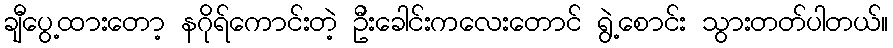
ချီပွေ့ထားတော့ နဂိုရ်ကောင်းတဲ့ ဦးခေါင်းကလေးတောင် ရွဲ့စောင်း သွားတတ်ပါတယ်။